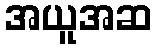
အယူအဆ